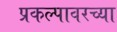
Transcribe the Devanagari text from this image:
प्रकल्पावरच्या